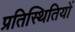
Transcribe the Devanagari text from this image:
प्रतिस्थितियों